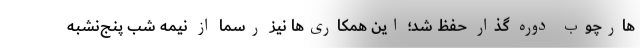
هارچوب دوره گذار حفظ شد؛ این همکاری‌ها نیز رسما از نیمه شب پنج‌نشبه